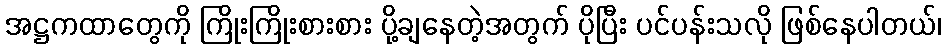
အဋ္ဌကထာတွေကို ကြိုးကြိုးစားစား ပို့ချနေတဲ့အတွက် ပိုပြီး ပင်ပန်းသလို ဖြစ်နေပါတယ်၊